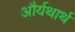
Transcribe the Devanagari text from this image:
और्यथार्थ